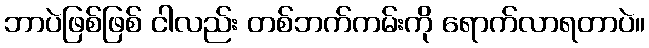
ဘာပဲဖြစ်ဖြစ် ငါလည်း တစ်ဘက်ကမ်းကို ရောက်လာရတာပဲ။